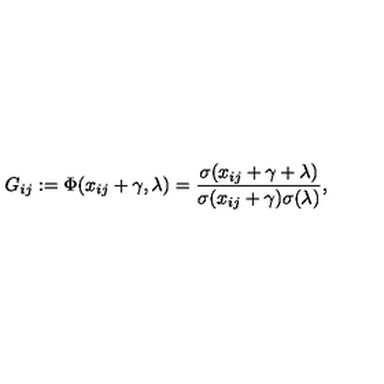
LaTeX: G _ { i j } : = \Phi ( x _ { i j } + \gamma , \lambda ) = \frac { \sigma ( x _ { i j } + \gamma + \lambda ) } { \sigma ( x _ { i j } + \gamma ) \sigma ( \lambda ) } ,